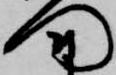
門